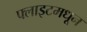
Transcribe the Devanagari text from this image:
फ्लाइटमधून